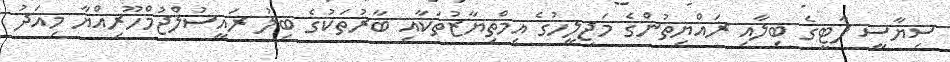
ސިޔާސީ ޕާޓީގެ ބިލާއި ރައްޔިތުންގެ މަޖިލީހުގެ އިމްތިޔާޒުތަކާއި ބާރުތަކުގެ ބިލު ރައީސުލްޖުމްހޫރިއްޔާ މިއަދު